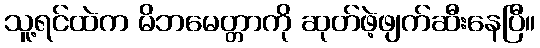
သူ့ရင်ထဲက မိဘမေတ္တာကို ဆုတ်ဖဲ့ဖျက်ဆီးနေပြီ။